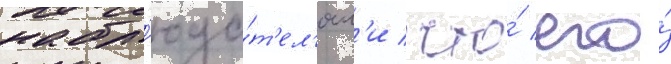
набл'юда́т'ел'ям'и / что́ его́